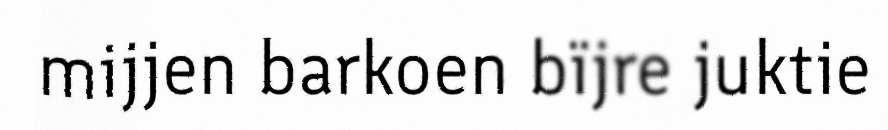
mijjen barkoen bïjre juktie